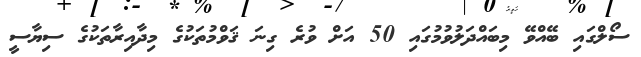
ސޯލްގައި ބޭއްވޭ މިބައްދަލުވުމުގައި 50 އަށް ވުރެ ގިނަ ޤަވްމުތަކުގެ މިދާއިރާތަކުގެ ސިޔާސީ